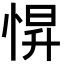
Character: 𢛿